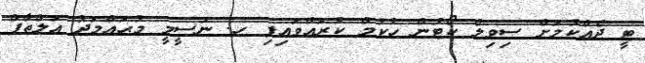
ޓީ ދެއްކުމަށް ސިވިލް ކޯޓުން ހުކުމް ކުރައްވައިފި ހ. ނަސީމީ މުޙައްމަދު އަލްޠާފް